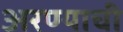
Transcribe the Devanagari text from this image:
अरण्याची